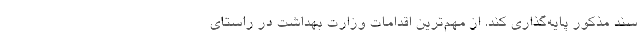
سند مذکور پایه‌گذاری کند. از مهم‌ترین اقدامات وزارت بهداشت در راستای